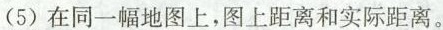
（5）在同一幅地图上，图上距离和实际距离。